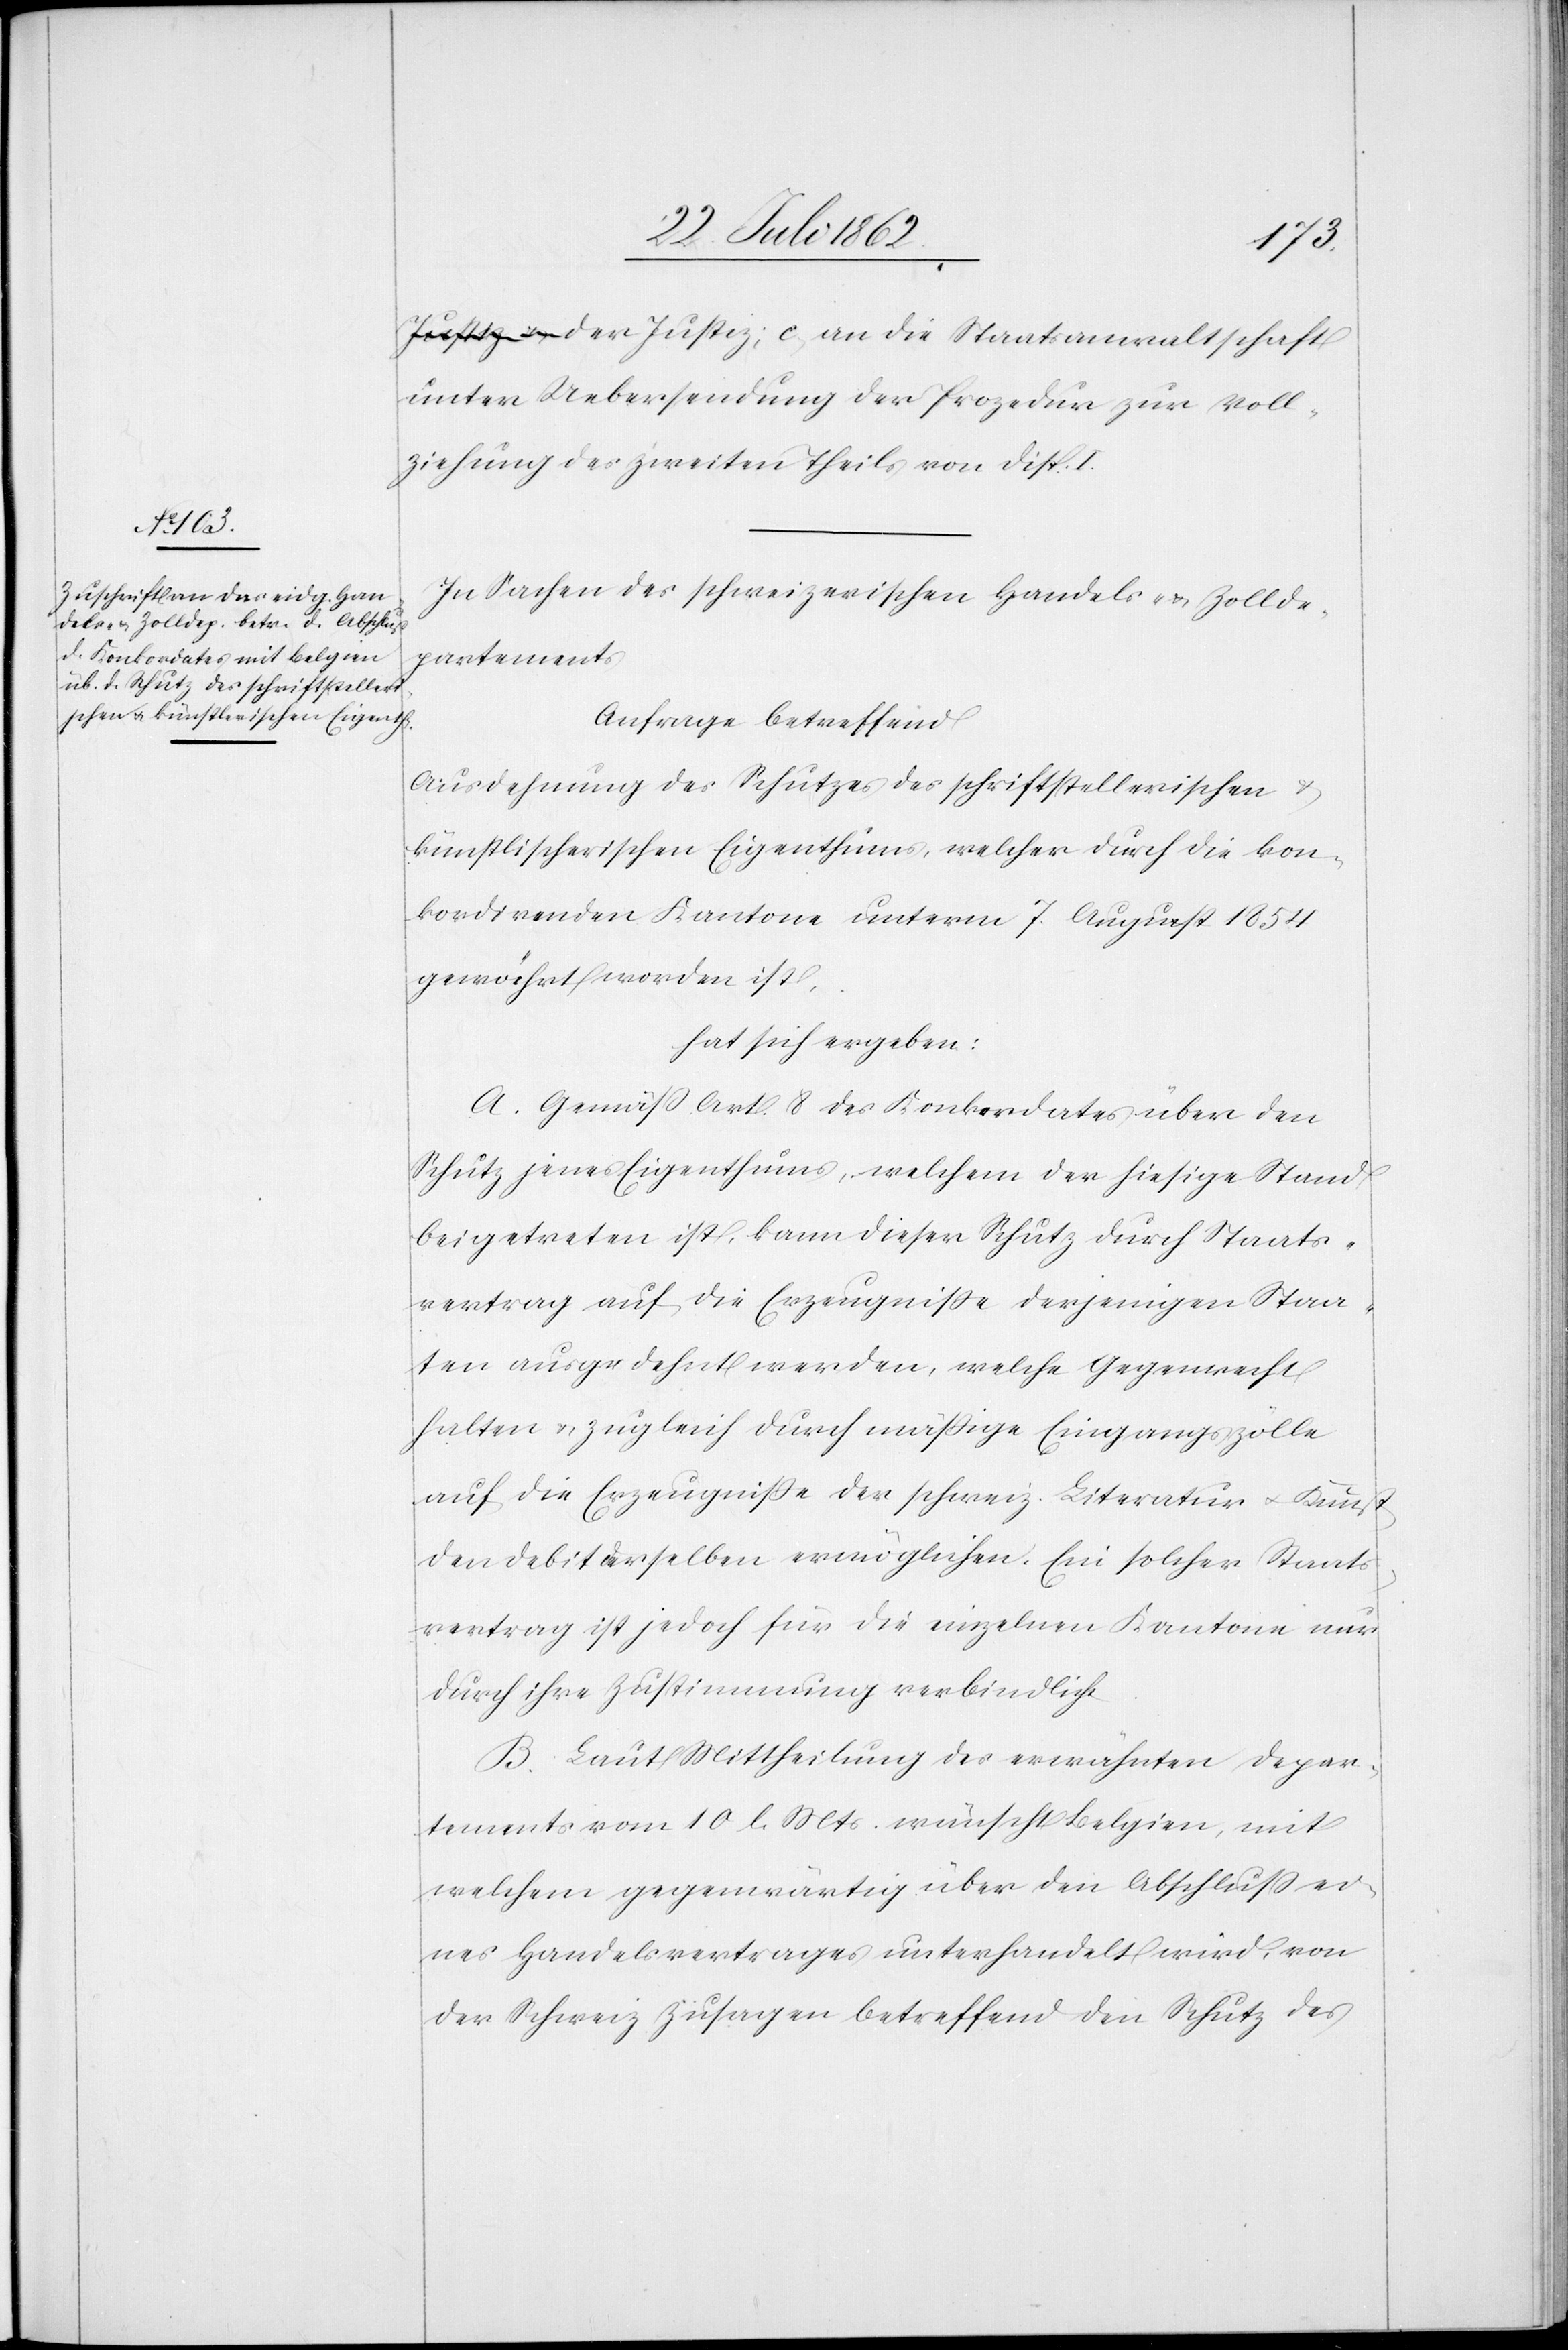
unter Uebersendung der Prozedur zur Voll¬
ziehung des zweiten Theils von Disp. I.
In Sachen des schweizerischen Handels- u. Zollde¬
partements
Anfrage betreffend
Ausdehnung des Schutzes des schriftstellerischen u.
künstlerischen Eigenthums, welcher durch die kon¬
kordirenden Kantone unterm 7. August 1854
gewährt worden ist,
hat sich ergeben.
A. Gemäß Art. 8 des Konkordates über den
Schutz jenes Eigenthums, welchem der hiesige Stand
beigetreten ist, kann dieser Schutz durch Staats¬
vertrag auf die Erzeugniße derjenigen Staa¬
ten ausgedehnt werden, welche Gegenrecht
halten u. zugleich durch mäßige Eingangszölle
auf die Erzeugniße der schweiz. Literatur u. Kunst
den Debit derselben ermöglichen. Ein solcher Staats¬
vertrag ist jedoch für die einzelnen Kantone nur
durch ihre Zustimmung verbindlich.
B. Laut Mittheilung des erwähnten Depar¬
tements vom 10. l. Mts. wünscht Belgien, mit
welchem gegenwärtig über den Abschluß ei¬
nes Handelsvertrages unterhandelt wird, von
der Schweiz Zusagen betreffend den Schutz des